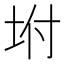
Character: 坿